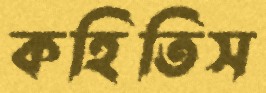
কহিতিস